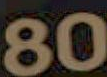
80